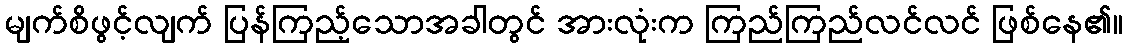
မျက်စိဖွင့်လျက် ပြန်ကြည့်သောအခါတွင် အားလုံးက ကြည်ကြည်လင်လင် ဖြစ်နေ၏။